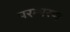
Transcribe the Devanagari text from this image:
परम्परण